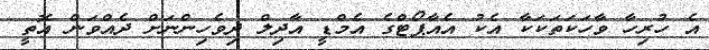
އެ ހުރިހާ ވާހަކަތަކަކާ އެކު އެއާޕޯޓްގެ އެމްޑީ އާދިލް ދިވެހިންނަށް ދެއްވަން އޮތީ